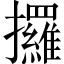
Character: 攞